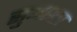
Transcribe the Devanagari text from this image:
सुनक्षत्र